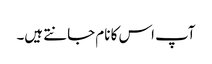
آپ اس کا نام جانتے ہیں۔